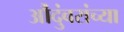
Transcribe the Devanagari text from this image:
औंदुंबरांच्या